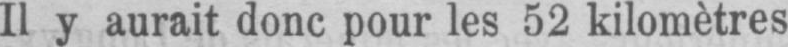
Il y aurait donc pour les 52 kilomètres